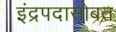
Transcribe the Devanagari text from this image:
इंद्रपदासोबत